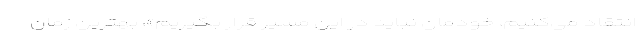
انتقاد می‌کنیم، خودمان نباید در این مسیر قرار بگیریم»، بهترین زمان